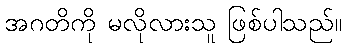
အဂတိကို မလိုလားသူ ဖြစ်ပါသည်။